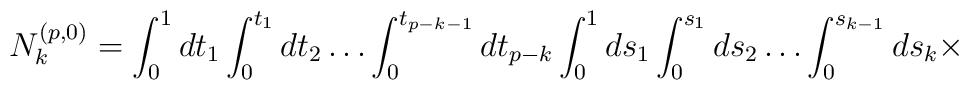
N_{k}^{(p , 0)} = \int_{0}^{1}dt_{1}\int_{0}^{t_{1}}dt_{2} \ldots\int_{0}^{t_{p - k -1}}dt_{p - k}\int_{0}^{1}ds_{1}\int_{0}^{s_{1}}ds_{2}\ldots \int_{0}^{s_{k - 1}}ds_{k}\times